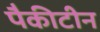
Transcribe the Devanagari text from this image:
पैकीटीन